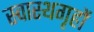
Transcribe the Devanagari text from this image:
स्वास्थगृहों